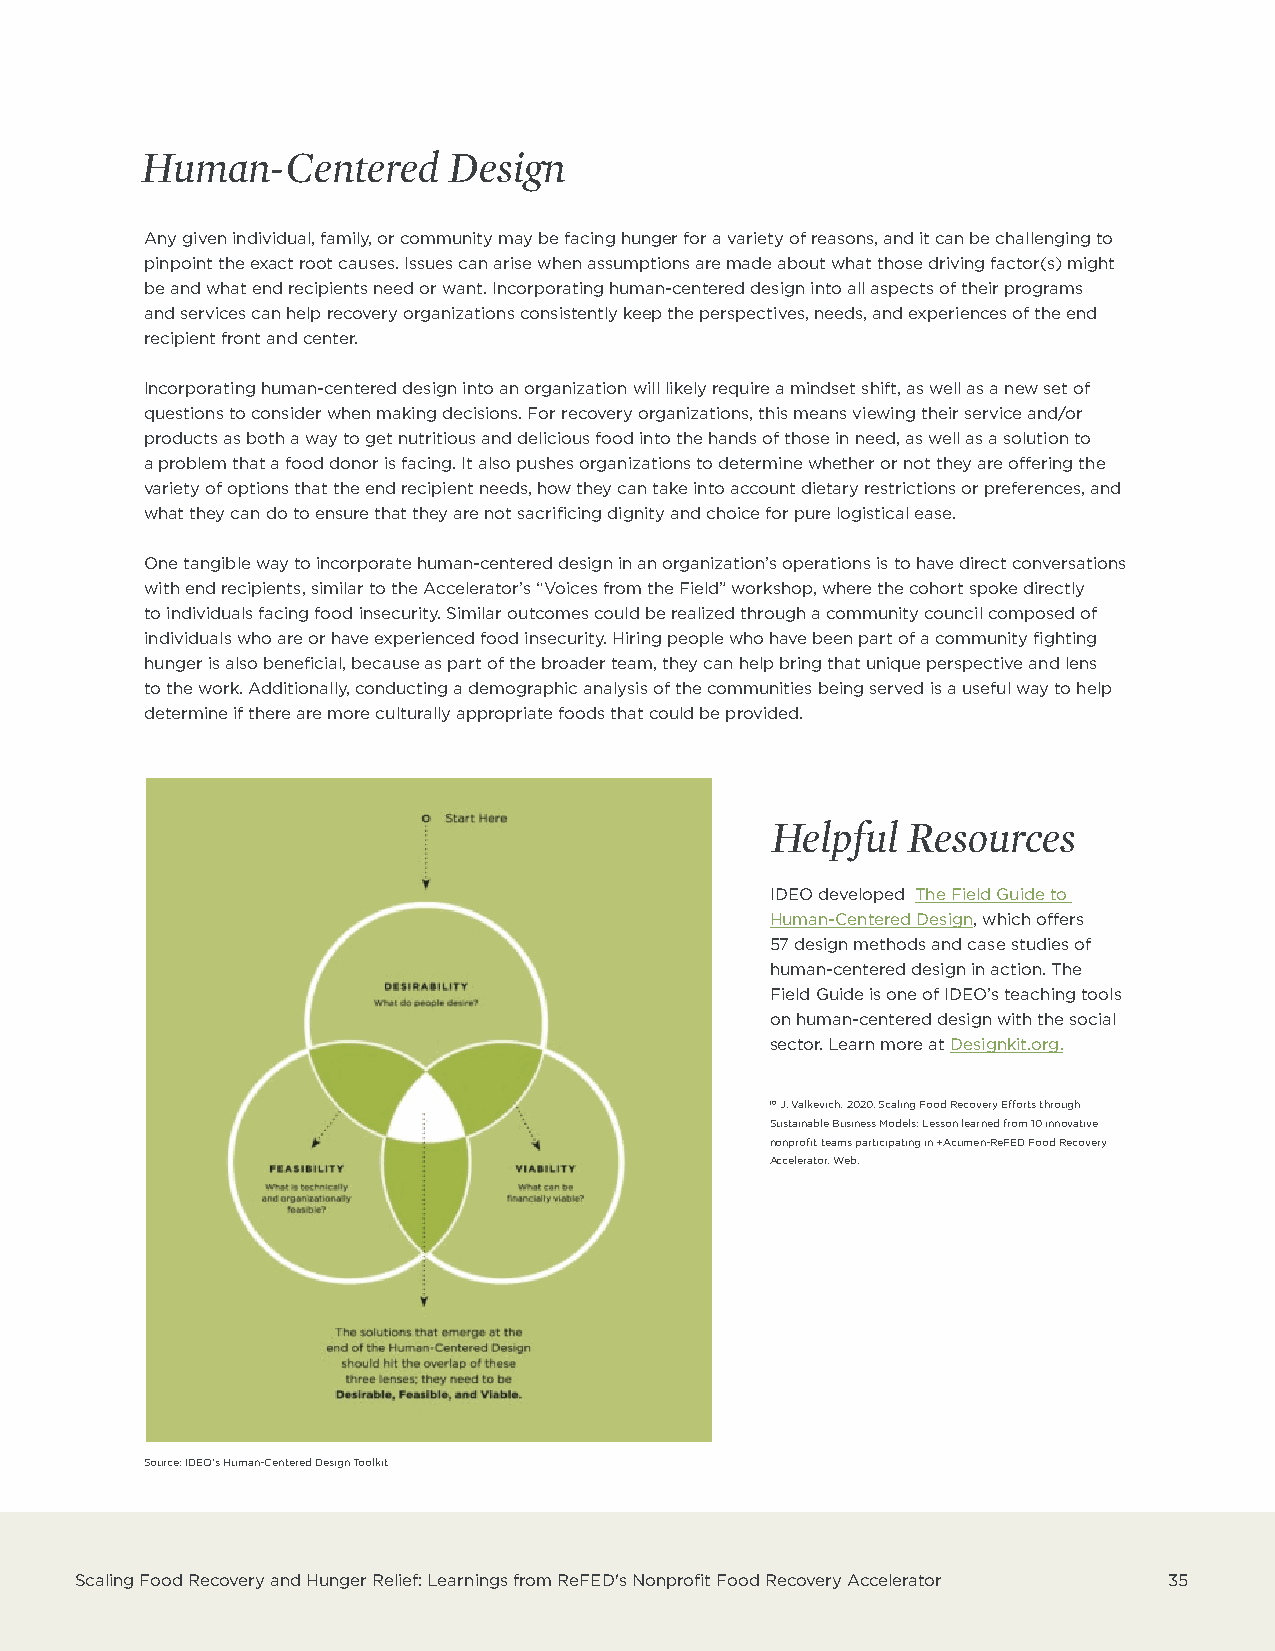
Human-Centered       Design
 Any given individual, family, or community may be facing hunger for a variety of reasons, and it can be challenging to
 pinpoint the exact root causes. Issues can arise when assumptions are made about what those driving factor(s) might
 be and what end recipients need or want. Incorporating human-centered design into all aspects of their programs
 and services can help recovery organizations consistently keep the perspectives, needs, and experiences of the end
 recipient front and center.
 Incorporating human-centered design into an organization will likely require a mindset shift, as well as a new set of
 questions to consider when making decisions. For recovery organizations, this means viewing their service and/or
 products as both a way to get nutritious and delicious food into the hands of those in need, as well as a solution to
 a problem that a food donor is facing. It also pushes organizations to determine whether or not they are offering the
 variety of options that the end recipient needs, how they can take into account dietary restrictions or preferences, and
 what they can do to ensure that they are not sacrificing dignity and choice for pure logistical ease.
 One tangible way to incorporate human-centered design in an organization’s operations is to have direct conversations
 with end recipients, similar to the Accelerator’s “Voices from the Field” workshop, where the cohort spoke directly
 to individuals facing food insecurity. Similar outcomes could be realized through a community council composed of
 individuals who are or have experienced food insecurity. Hiring people who have been part of a community fighting
 hunger is also beneficial, because as part of the broader team, they can help bring that unique perspective and lens
 to the work. Additionally, conducting a demographic analysis of the communities being served is a useful way to help
 determine if there are more culturally appropriate foods that could be provided.
 Helpful  Resources
 IDEO developed The Field Guide to
 Human-Centered Design, which offers
 57 design methods and case studies of
 human-centered design in action. The
 Field Guide is one of IDEO’s teaching tools
 on human-centered design with the social
 sector. Learn more at Designkit.org.
 10 J. Valkevich. 2020. Scaling Food Recovery Efforts through
 Sustainable Business Models: Lesson learned from 10 innovative
 nonprofit teams participating in +Acumen-ReFED Food Recovery
 Accelerator. Web.
 Source: IDEO's Human-Centered Design Toolkit
 Scaling Food Recovery and Hunger Relief: Learnings from ReFED's Nonprofit Food Recovery Accelerator 35